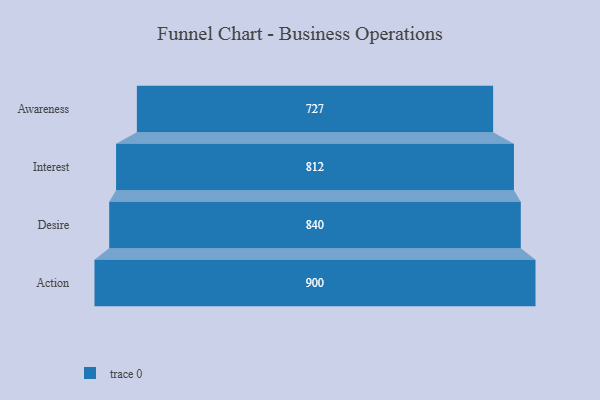
{"axis": {"x": "Stage", "y": "Value"}, "legend": [""], "data": [{"x": "Awareness", "y": 727.0, "type": ""}, {"x": "Interest", "y": 812.0, "type": ""}, {"x": "Desire", "y": 840.0, "type": ""}, {"x": "Action", "y": 900.0, "type": ""}]}